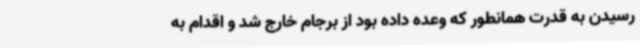
رسیدن به قدرت همانطور که وعده داده بود از برجام خارج شد و اقدام به